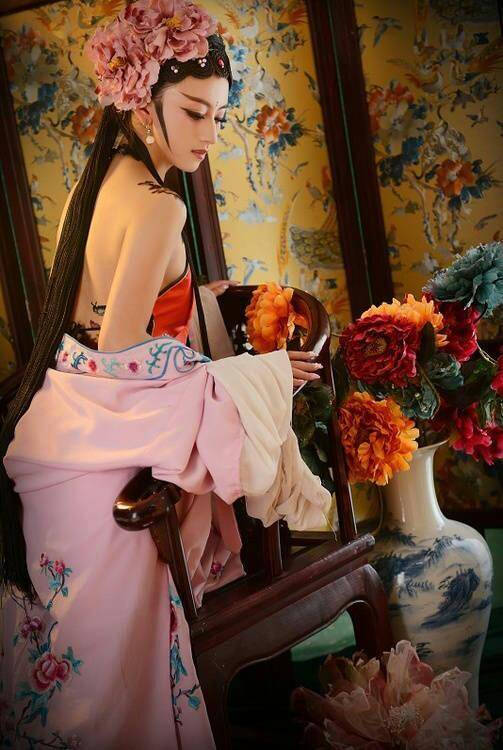
新样靓妆，艳溢香融，羞杀蕊珠宫女。